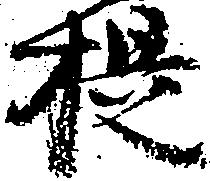
提